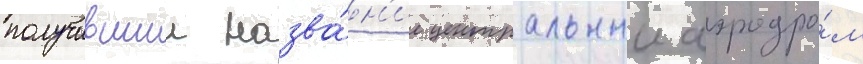
получившии назва́н'ие центральныи аэродро́м